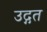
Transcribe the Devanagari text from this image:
उद्गत